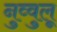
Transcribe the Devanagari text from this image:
नुव्वुलू